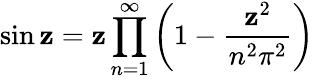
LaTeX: \sin\mathbf{z}=\mathbf{z}\prod_{n=1}^{\infty}\left(1-{\frac{{\mathbf{z}^{2}}}{{n^{2}\pi^{2}}}}\right)